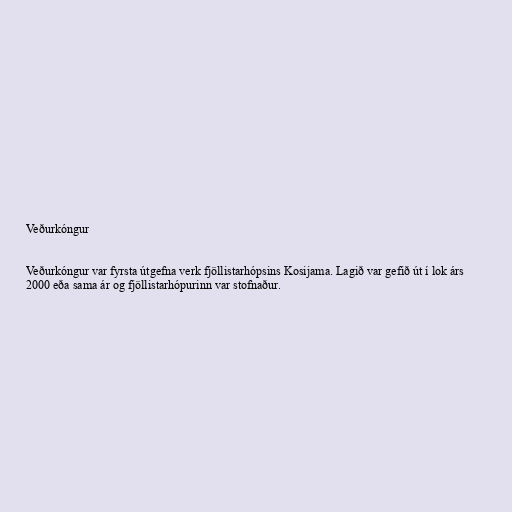
Veðurkóngur

Veðurkóngur var fyrsta útgefna verk fjöllistarhópsins Kosijama. Lagið var gefið út í lok árs
2000 eða sama ár og fjöllistarhópurinn var stofnaður.